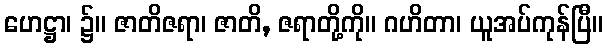
ဟေဋ္ဌာ၊ ၌။ ဇာတိဇရာ၊ ဇာတိ, ဇရာတို့ကို။ ဂဟိတာ၊ ယူအပ်ကုန်ပြီ။